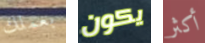
بعملك يكون أكثر